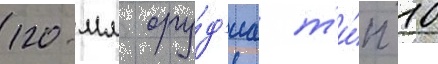
120-мм ору́д'иа т'и́п 10